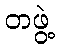
တဖွဲ့